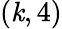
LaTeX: (\mathit{k},4)